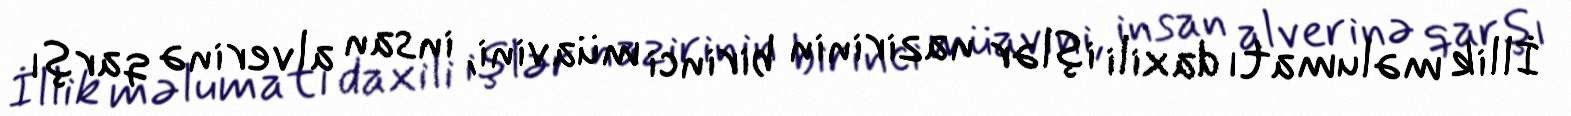
İllik məlumatı daxili işlər nazirinin birinci müavini, insan alverinə qarşı